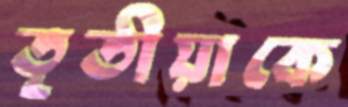
তৃতীয়াকে